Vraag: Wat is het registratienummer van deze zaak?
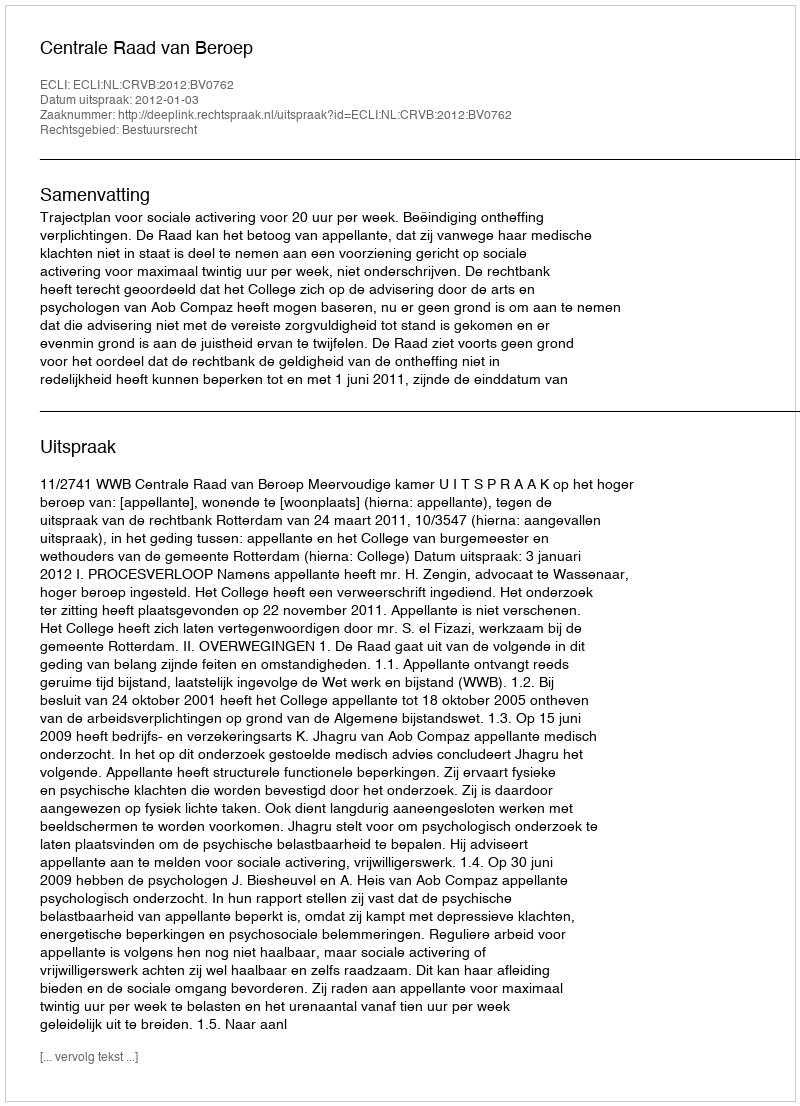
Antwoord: http://deeplink.rechtspraak.nl/uitspraak?id=ECLI:NL:CRVB:2012:BV0762